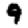
Digit: 9